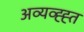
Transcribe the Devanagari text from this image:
अव्यव्ह्ह्त